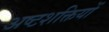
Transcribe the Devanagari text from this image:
अष्टशक्तियों